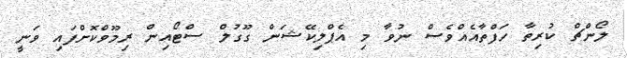
ލޯންޗް ކުރިތާ ހަފްތާއެއްވެސް ނުވާ މި އެޕްލިކޭޝަން ގޫގުލް ސްޓޯއިން ރިމޫވްކޮށްފައި ވަނީ